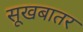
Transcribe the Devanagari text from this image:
सूखबातर